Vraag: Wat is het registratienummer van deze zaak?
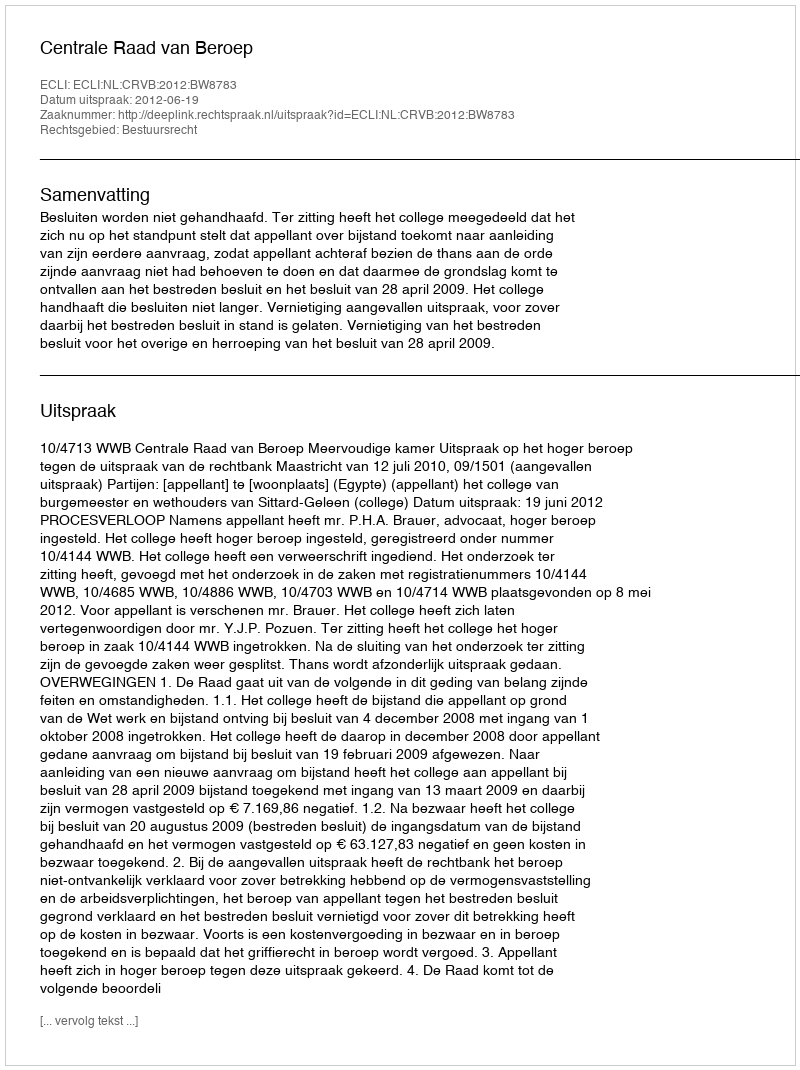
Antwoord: http://deeplink.rechtspraak.nl/uitspraak?id=ECLI:NL:CRVB:2012:BW8783